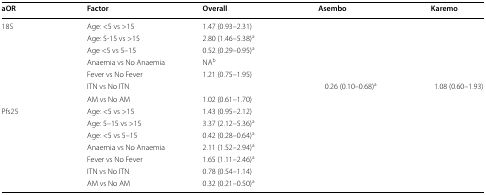
<table><thead><tr><td><b>aOR</b></td><td><b>Factor</b></td><td><b>Overall</b></td><td><b>Asembo</b></td><td><b>Karemo</b></td></tr></thead><tbody><tr><td rowspan="7">18S</td><td>Age: &lt;5 vs &gt;15</td><td>1.47 (0.93–2.31)</td><td></td><td></td></tr><tr><td>Age: 5-15 vs &gt;15</td><td>2.80 (1.46–5.38)<sup>a</sup></td><td></td><td></td></tr><tr><td>Age &lt;5 vs 5–15</td><td>0.52 (0.29–0.95)<sup>a</sup></td><td></td><td></td></tr><tr><td>Anaemia vs No Anaemia</td><td>NA<sup>b</sup></td><td></td><td></td></tr><tr><td>Fever vs No Fever</td><td>1.21 (0.75–1.95)</td><td></td><td></td></tr><tr><td>ITN vs No ITN</td><td></td><td>0.26 (0.10–0.68)<sup>a</sup></td><td>1.08 (0.60–1.93)</td></tr><tr><td>AM vs No AM</td><td>1.02 (0.61–1.70)</td><td></td><td></td></tr><tr><td rowspan="7">Pfs25</td><td>Age: &lt;5 vs &gt;15</td><td>1.43 (0.95–2.12)</td><td></td><td></td></tr><tr><td>Age: 5–15 vs &gt;15</td><td>3.37 (2.12–5.36)<sup>a</sup></td><td></td><td></td></tr><tr><td>Age: &lt;5 vs 5–15</td><td>0.42 (0.28–0.64)<sup>a</sup></td><td></td><td></td></tr><tr><td>Anaemia vs No Anaemia</td><td>2.11 (1.52–2.94)<sup>a</sup></td><td></td><td></td></tr><tr><td>Fever vs No Fever</td><td>1.65 (1.11–2.46)<sup>a</sup></td><td></td><td></td></tr><tr><td>ITN vs No ITN</td><td>0.78 (0.54–1.14)</td><td></td><td></td></tr><tr><td>AM vs No AM</td><td>0.32 (0.21–0.50)<sup>a</sup></td><td></td><td></td></tr></tbody></table>